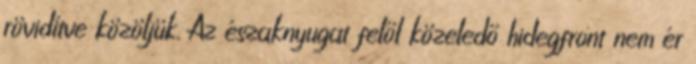
rövidítve közöljük. Az északnyugat felől közeledő hidegfront nem ér